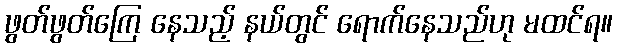
ဖွတ်ဖွတ်ကြေ နေသည့် နယ်တွင် ရောက်နေသည်ဟု မထင်ရ။